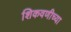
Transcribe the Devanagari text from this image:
शिकवणीच्या